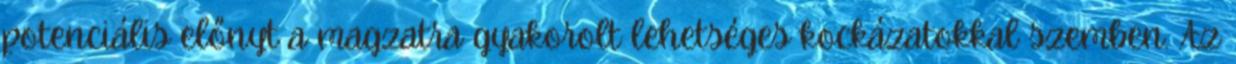
potenciális előnyt a magzatra gyakorolt lehetséges kockázatokkal szemben. Az